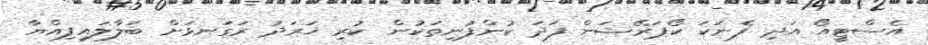
އެސްޓީއޯ އަދި ފެނަކަ ކޯޕަރޭޝަން ފަދަ ކުންފުނިތަކުން ކުރި ޚަރަދު ރަގަނޅަށް ބަލާލައިފިއްޔާ